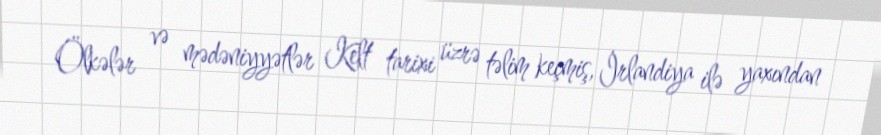
Ölkələr və mədəniyyətlər Kelt tarixi üzrə təlim keçmiş, İrlandiya ilə yaxından